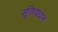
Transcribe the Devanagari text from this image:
सूक्तिप्रधान